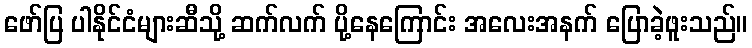
ဖော်ပြ ပါနိုင်ငံများဆီသို့ ဆက်လက် ပို့နေကြောင်း အလေးအနက် ပြောခဲ့ဖူးသည်။